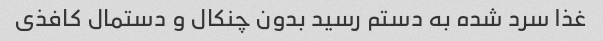
غذا سرد شده به دستم رسید بدون چنکال و دستمال کافذی